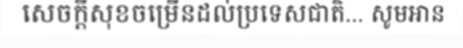
សេចក្តីសុខចម្រើនដល់ប្រទេសជាតិ... សូមអាន